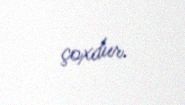
çoxdur.